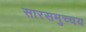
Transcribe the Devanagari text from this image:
सारसमुच्चय